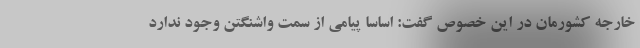
خارجه کشورمان در این خصوص گفت: اساسا پیامی از سمت واشنگتن وجود ندارد